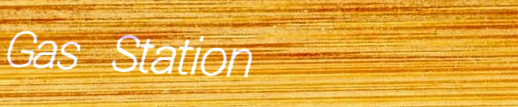
Gas Station